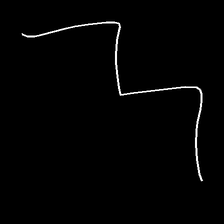
Glyph: crush